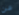
عن